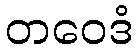
တဝေဒံ